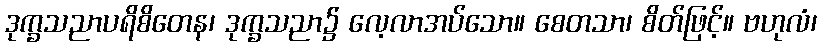
ဒုက္ခသညာပရိစိတေန၊ ဒုက္ခသညာ၌ လေ့လာအပ်သော။ စေတသာ၊ စိတ်ဖြင့်။ ဗဟုလံ၊